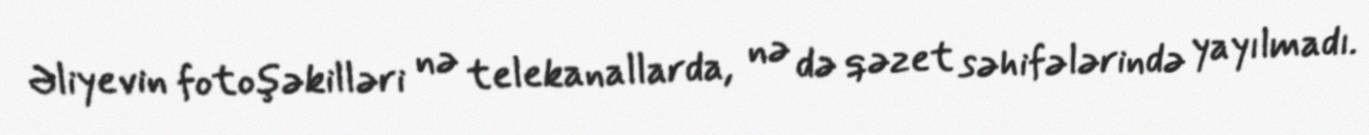
Əliyevin fotoşəkilləri nə telekanallarda, nə də qəzet səhifələrində yayılmadı.